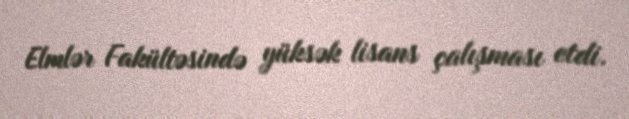
Elmlər Fakültəsində yüksək lisans çalışması etdi.